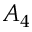
A _ { 4 }